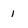
Character: 1